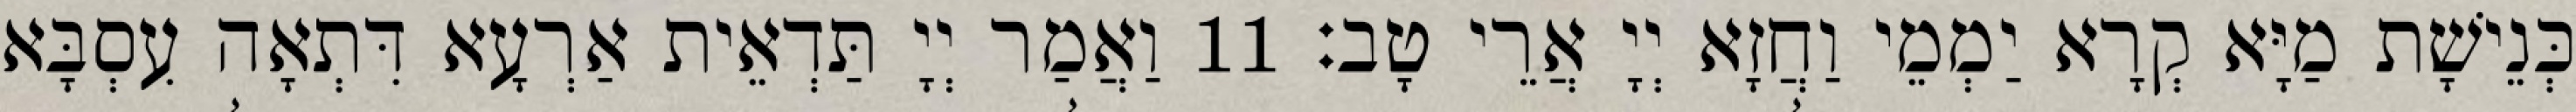
כְּנֵישָׁת מַיָּא קְרָא יַמְמֵי וַחֲזָא יְיָ אֲרֵי טָב׃ 11 וַאֲמַר יְיָ תַּדְאֵית אַרְעָא דִּתְאָה עִסְבָּא